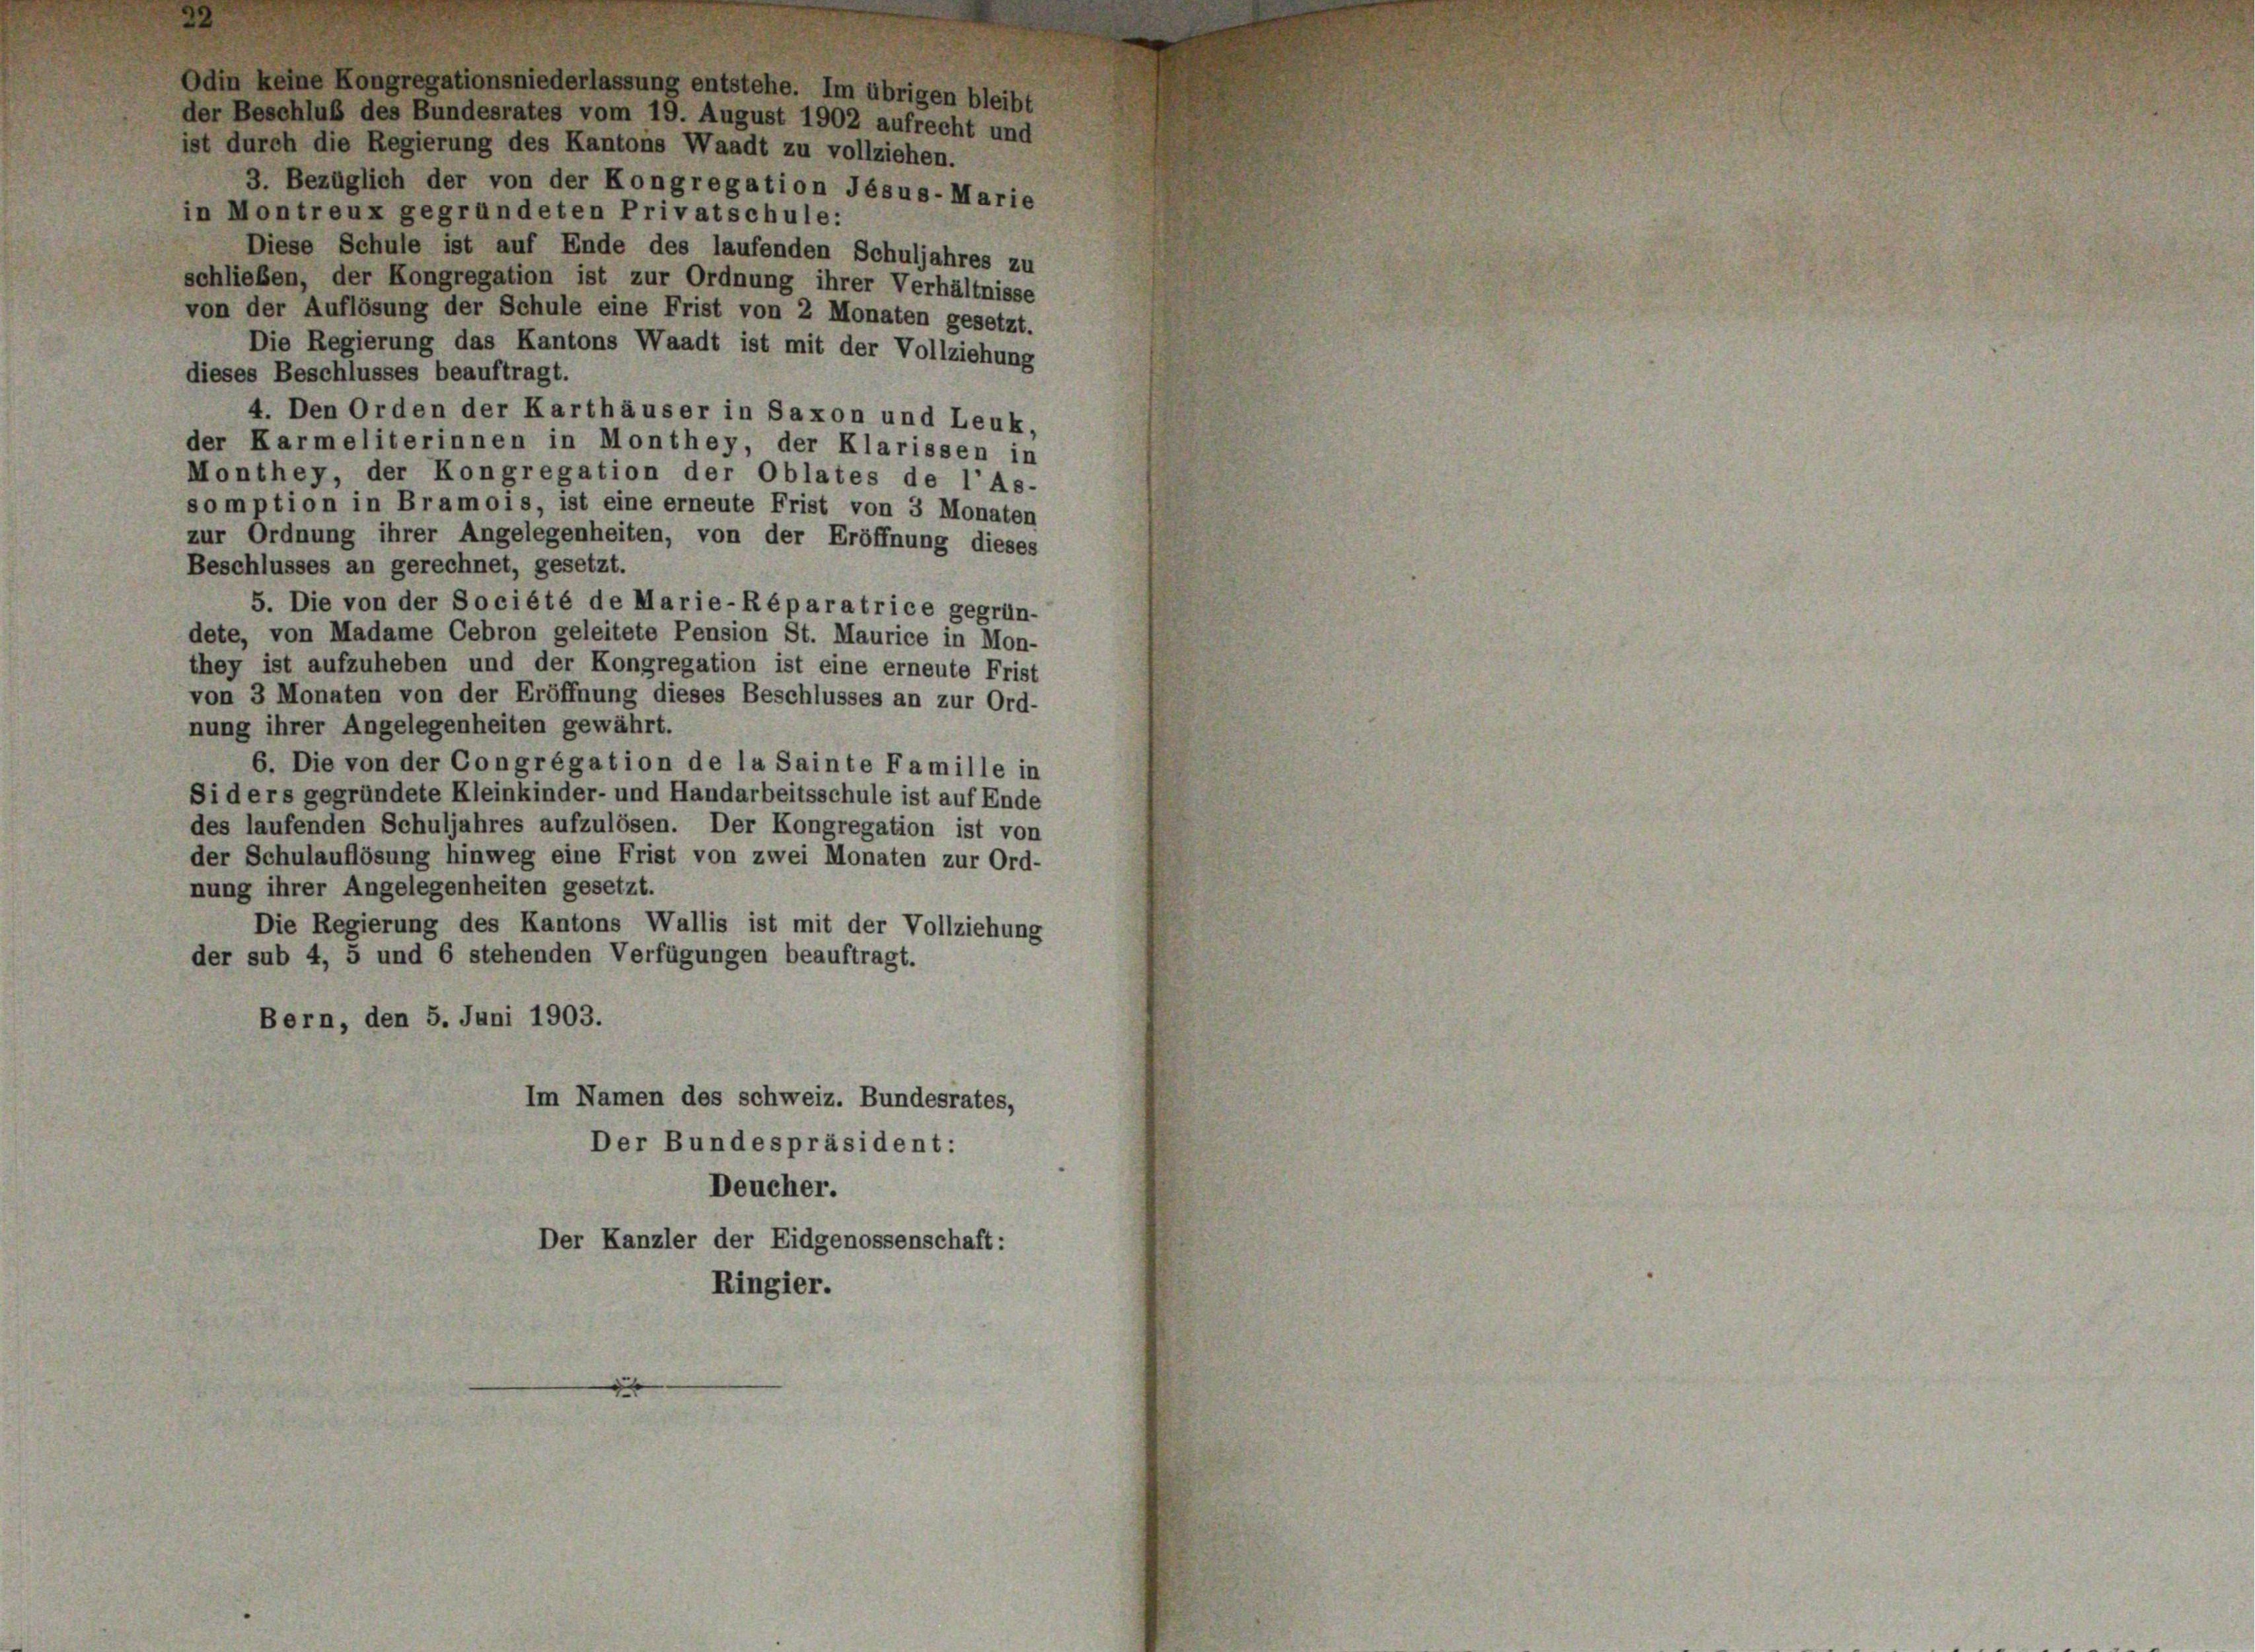
ist durch die Regierung des Kantons Waadt zu vollziehen.
in Montreux gegründeten Privatschule:
schließen, der Kongregation ist zur Ordnung ihrer Verhältnisse
von der Auflösung der Schule eine Frist von 2 Monaten gesetzt.
Die Regierung das Kantons Waadt ist mit der Vollziehung
dieses Beschlusses beauftragt.
4. Den Orden der Karthäuser in Saxon und Leuk,
der Karmeliterinnen in Monthey, der Klarissen in
Monthey, der Kongregation der Oblates de l’As-
somption in Bramois, ist eine erneute Frist von 3 Monaten
zur Ordnung ihrer Angelegenheiten, von der Eröffnung dieses
Beschlusses an gerechnet, gesetzt.
5. Die von der Société de Marie-Réparatrice gegrün-
dete, von Madame Cebron geleitete Pension St. Maurice in Mon-
they ist aufzuheben und der Kongregation ist eine erneute Frist
von 3 Monaten von der Eröffnung dieses Beschlusses an zur Ord-
nung ihrer Angelegenheiten gewährt.
6. Die von der Congrégation de la Sainte Famille in
Si ders gegründete Kleinkinder- und Handarbeitsschule ist auf Ende
des laufenden Schuljahres aufzulösen. Der Kongregation ist von
der Schulauflösung hinweg eine Frist von zwei Monaten zur Ord-
nung ihrer Angelegenheiten gesetzt.
Die Regierung des Kantons Wallis ist mit der Vollziehung
der sub 4, 5 und 6 stehenden Verfügungen beauftragt.
Bern, den 5. Juni 1903.
Im Namen des schweiz. Bundesrates,
Der Bundespräsident:
Deucher.
Der Kanzler der Eidgenossenschaft:
Ringier.

issung entstehe. Im übrigen bleibt
der Beschluß des Bundesrates vom 19. August 1902 aufrecht und
3. Bezüglich der von der Kongregation Jésus-Marie
Diese Schule ist auf Ende des laufenden Schuljahres zu